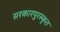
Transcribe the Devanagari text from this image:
सरकारपुरस्कृत